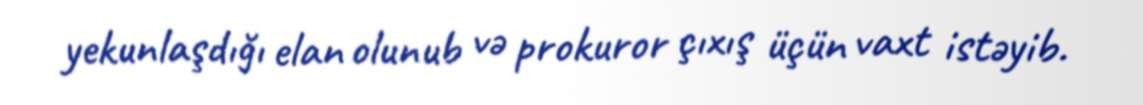
yekunlaşdığı elan olunub və prokuror çıxış üçün vaxt istəyib.